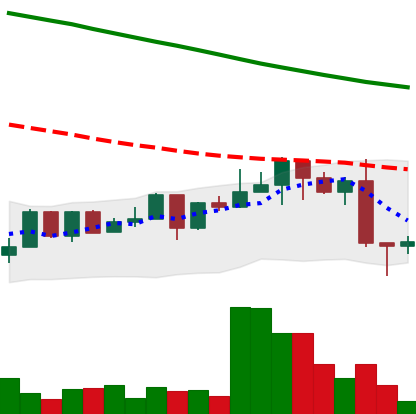
Ticker: NEO-USD
Chart end date: 2022-12-18
Forward return: -4.683%
Label: down_3_5